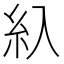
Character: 𰫗